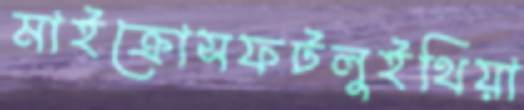
মাইক্রোসফটলুইথিয়া